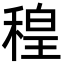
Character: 䅣